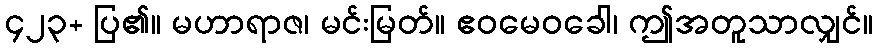
၄၂၃+ ပြ၏။ မဟာရာဇ၊ မင်းမြတ်။ ဧဝမေဝခေါ၊ ဤအတူသာလျှင်။